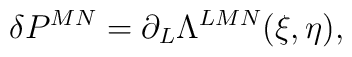
\delta P^{MN}=\partial_L\Lambda^{LMN}(\xi,\eta),